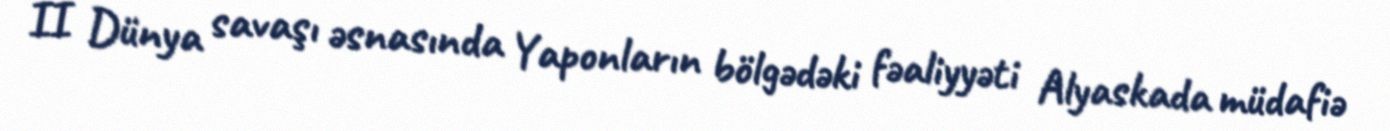
II Dünya savaşı əsnasında Yaponların bölgədəki fəaliyyəti Alyaskada müdafiə